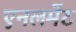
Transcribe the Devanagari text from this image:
एनलमेंट